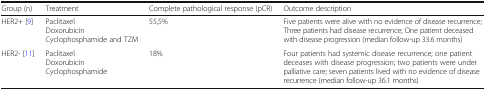
<table><thead><tr><td><b>Group (n)</b></td><td><b>Treatment</b></td><td><b>Complete pathological response (pCR)</b></td><td><b>Outcome description</b></td></tr></thead><tbody><tr><td>HER2+ [9]</td><td>PaclitaxelDoxorubicinCyclophosphamide and TZM</td><td>55,5%</td><td>Five patients were alive with no evidence of disease recurrence; Three patients had disease recurrence; One patient deceased with disease progression (median follow-up 33.6 months)</td></tr><tr><td>HER2- [11]</td><td>PaclitaxelDoxorubicinCyclophosphamide</td><td>18%</td><td>Four patients had systemic disease recurrence; one patient deceases with disease progression; two patients were under palliative care; seven patients lived with no evidence of disease recurrence (median follow-up 36.1 months)</td></tr></tbody></table>